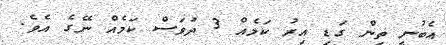
އެބުނީ ތިން ގަޑި އިރު ކަމެއް 3 ދުވަސް ކަމެއް ނޭގެ އެވެ.